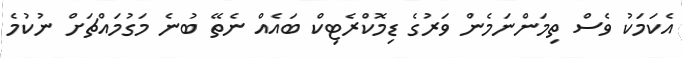
އެކަމަކު ވެސް ތިމަންނަމެން ވަރުގެ ޑިމޮކްރެޓިކް ބައެއް ނެތޭ ބުނެ މަގުމައްޗަށް ނުކުމެ